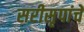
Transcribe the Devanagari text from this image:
सरीसृपांचे